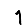
Digit: 1